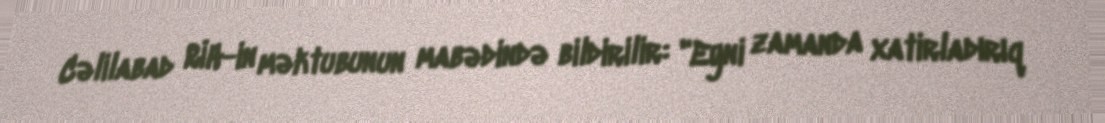
Cəlilabad RİH-in məktubunun mabədində bildirilir: "Eyni zamanda xatirladırıq